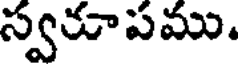
స్వకూపము.